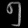
Digit: ၅